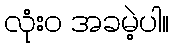
လုံးဝ အခမဲ့ပါ။